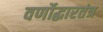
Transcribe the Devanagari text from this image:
वर्णोद्धारतंत्र